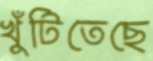
খুঁটিতেছে